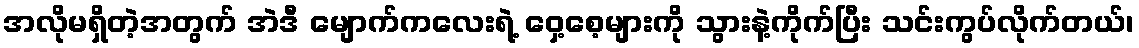
အလိုမရှိတဲ့အတွက် အဲဒီ မျောက်ကလေးရဲ့ ဝှေ့စေ့များကို သွားနဲ့ကိုက်ပြီး သင်းကွပ်လိုက်တယ်၊